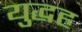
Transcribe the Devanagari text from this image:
युद्धह